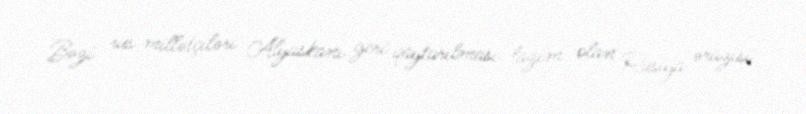
Bəzi rus millətçiləri Alyaskanı geri qaytarılması lazım olan Rusiya ərazisi